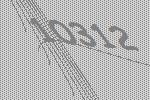
10312